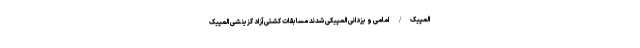
المپیک/ امامی و یزدانی المپیکی شدند مسابقات کشتی آزاد گزینشی المپیک